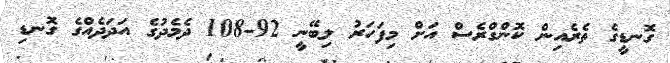
ގޮނޑީގެ ތެރެއިން ކޮންގްރެސް އަށް މިފަހަރު ލިބޭނީ 92-108 ދެމެދުގެ އަދަދެއްގެ ގޮނޑި